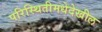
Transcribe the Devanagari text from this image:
परिस्थितीमधेदेखील